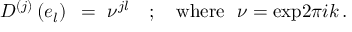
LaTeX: D ^ { ( j ) } \left( e _ { l } \right) ~ = ~ \nu ^ { j l } ~ ~ ~ ; { } ~ ~ ~ \mathrm { w h e r e } ~ ~ \nu = \mathrm { e x p } { { \o { 2 \pi i } { k } } } \, .